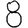
Digit: 8